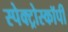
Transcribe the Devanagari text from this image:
स्पेक्ट्रोस्कॉपी